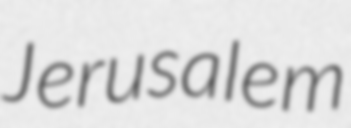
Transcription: Jerusalem